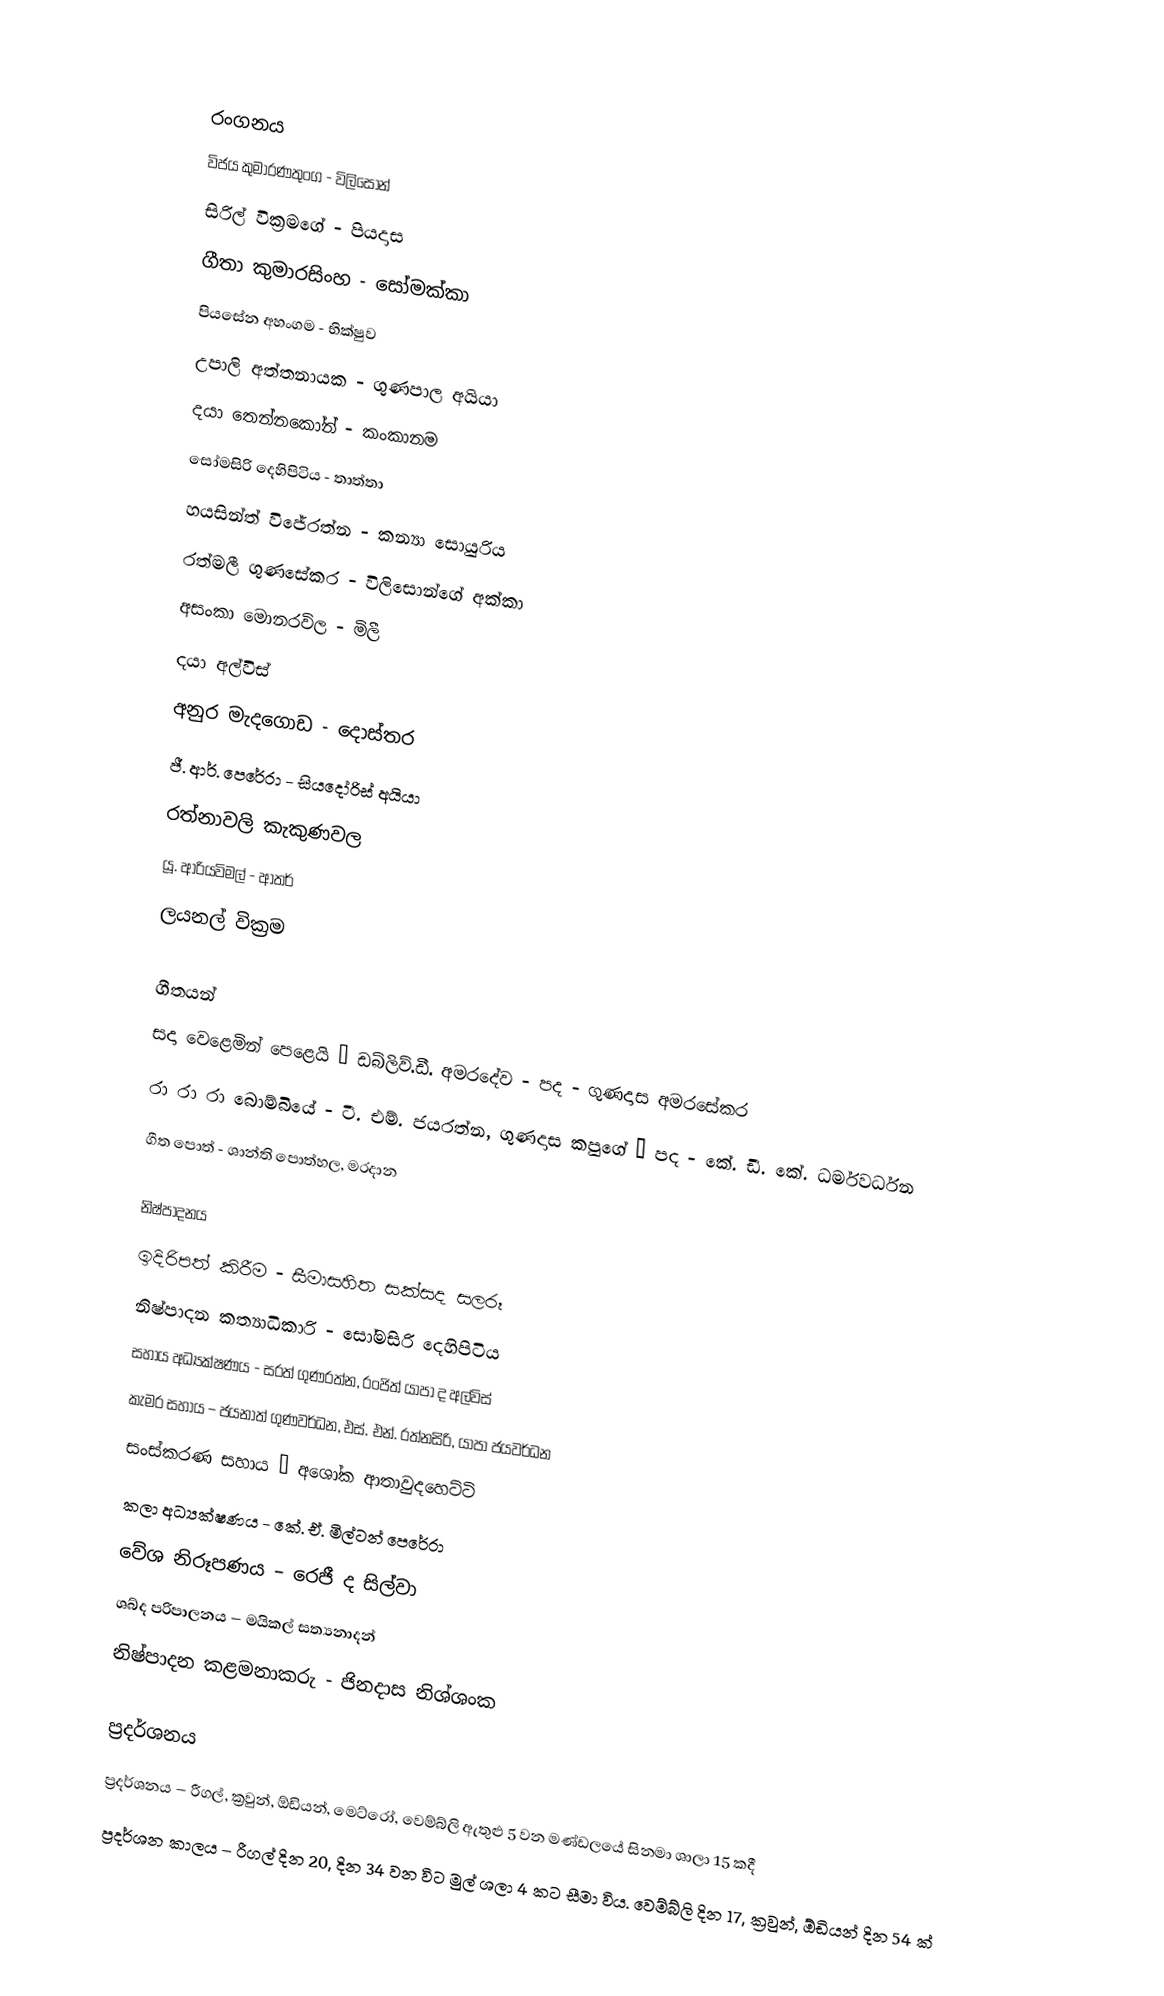

රංගනය
විජය කුමාරණතුංග - විලිසොන්
සිරිල් වික්‍රමගේ - පියදාස
ගීතා කුමාරසිංහ - සෝමක්කා
පියසේන අහංගම - භික්ෂුව
උපාලි අත්තනායක - ගුණපාල අයියා
දයා තෙන්නකෝන් - කංකානම
සෝමසිරි දෙහිපිටිය - තාත්තා
හයසින්ත් විජේරත්න - කන්‍යා සොයුරිය
රත්මලී ගුණසේකර - විලිසොන්ගේ අක්කා
අසංකා මොනරවිල - මිලී
දයා අල්විස්
අනුර මැදගොඩ - දොස්තර
ජී. ආර්. පෙරේරා - සියදෝරිස් අයියා
රත්නාවලි කැකුණවල
යූ. ආරියවිමල් - ආතර්
ලයනල් වික්‍රම

ගීතයන්
සදා වෙළෙමින් පෙළෙයි – ඩබ්ලිව්.ඩී. අමරදේව - පද - ගුණදාස අමරසේකර
රා රා රා බොම්බියේ - ටී. එම්. ජයරත්න, ගුණදාස කපුගේ – පද - කේ. ඩී. කේ. ධර්මවර්ධන
ගීත පොත් - ශාන්ති පොත්හල, මරදාන

නිෂ්පාදනය
ඉදිරිපත් කිරීම - සීමාසහිත සක්සද සලරූ
නිෂ්පාදන කත්‍යාධිකාරි - සෝමසිරි දෙහිපිටිය
සහාය අධ්‍යක්ෂණය - සරත් ගුණරත්න, රංජිත් යාපා ද අල්විස්
කැමර සහාය – ජයනාත් ගුණවර්ධන, එස්. එන්. රත්නසිරි, යාපා ජයවර්ධන
සංස්කරණ සහාය – අශෝක ආතාවුදහෙට්ටි
කලා අධ්‍යක්ෂණය - කේ. ඒ. මිල්ටන් පෙරේරා
වේශ නිරූපණය – රෙජී ද සිල්වා
ශබ්ද පරිපාලනය – මයිකල් සත්‍යනාදන්
නිෂ්පාදන කළමනාකරු - ජිනදාස නිශ්ශංක

ප්‍රදර්ශනය
ප්‍රදර්ශනය – රීගල්, ක්‍රවුන්, ඕඩියන්, මෙට්රෝ, වෙම්බ්ලි ඇතුළු 5 වන මණ්ඩලයේ සිනමා ශාලා 15 කදී
ප්‍රදර්ශන කාලය – රීගල් දින 20, දින 34 වන විට මුල් ශලා 4 කට සීමා විය. වෙම්බ්ලි දින 17, ක්‍රවුන්, ඕඩියන් දින 54 ක්